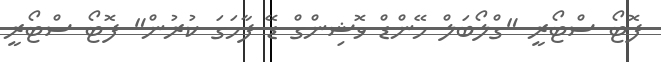
ފޮޓޯ ސްޓޯރީ "ގްލޯބަލް ހޭންޑް ވޮޝިންގް ޑޭ ފާހަގަ ކުރުން" ފޮޓޯ ސްޓޯރީ